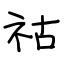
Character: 祜